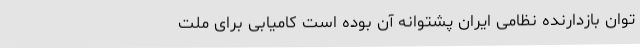
توان بازدارندهٔ نظامی ‌ایران پشتوانهٔ آن بوده است کامیابی برای ملت